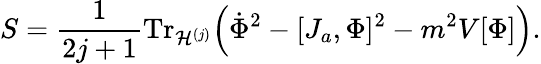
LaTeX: S=\frac{1}{2j+1}\mathrm{Tr}_{{\cal H}^{(j)}}\Big(\dot{\Phi}^{2}-[J_{a},\Phi]^{2}-m^{2}V[\Phi]\Big).